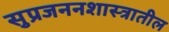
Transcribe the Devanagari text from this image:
सुप्रजननशास्त्रातील